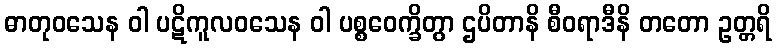
ဓာတုဝသေန ဝါ ပဋိကူလဝသေန ဝါ ပစ္စဝေက္ခိတွာ ဌပိတာနိ စီဝရာဒီနိ တတော ဥတ္တရိ